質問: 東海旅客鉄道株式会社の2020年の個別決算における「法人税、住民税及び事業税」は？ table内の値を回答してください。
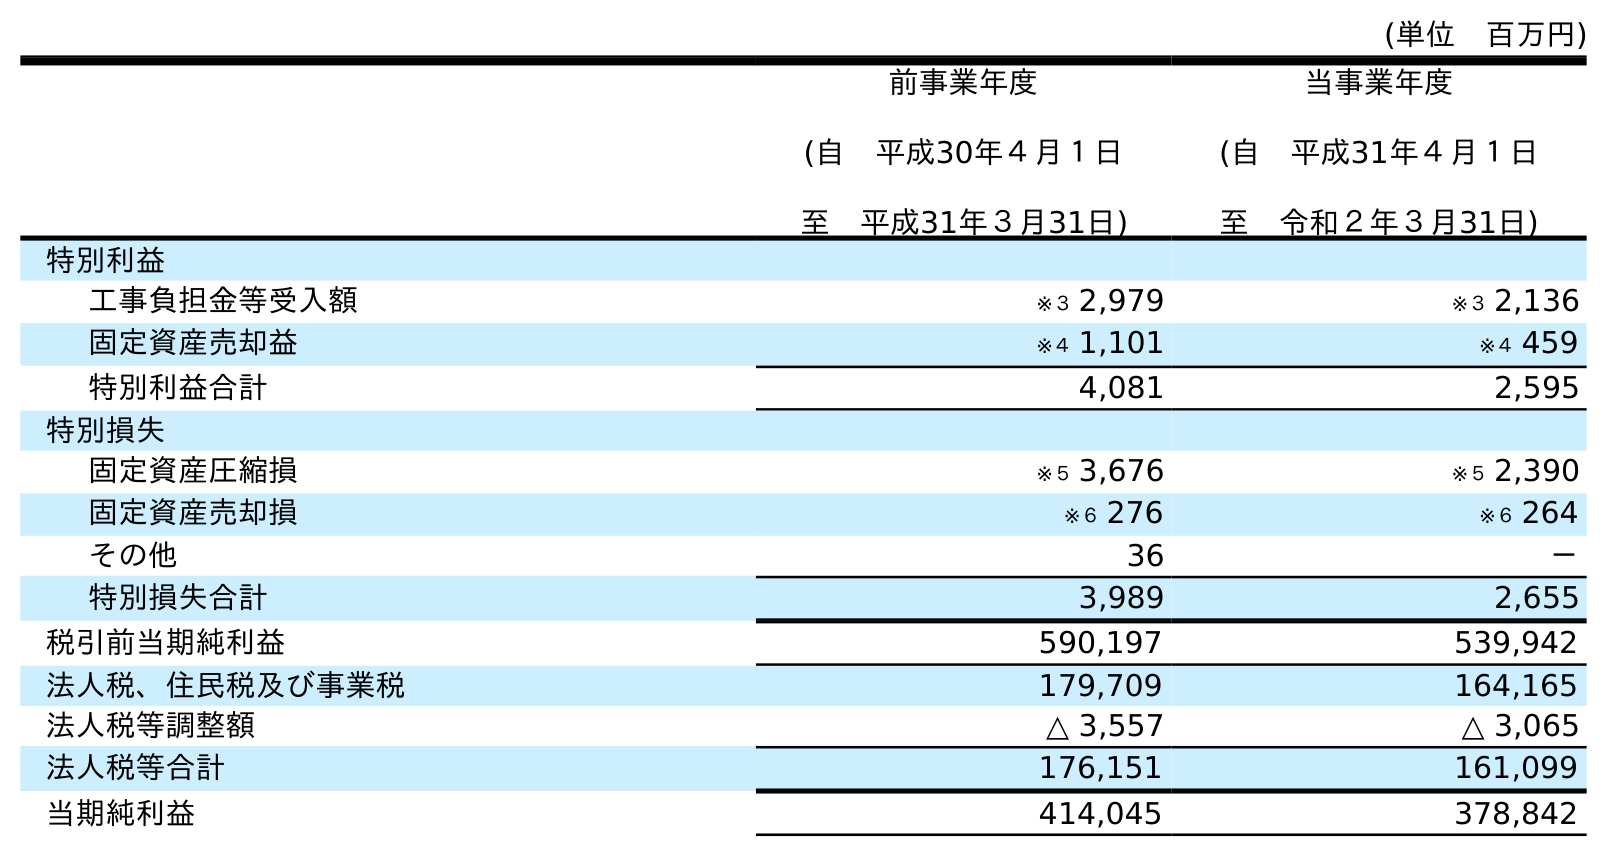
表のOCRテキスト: (単位 百万円) 前事業年度 (自 平成30年４月１日 至 平成31年３月31日) 当事業年度 (自 平成31年４月１日 至 令和２年３月31日) 特別利益 工事負担金等受入額 ※３ 2,979 ※３ 2,136 固定資産売却益 ※４ 1,101 ※４ 459 特別利益合計 4,081 2,595 特別損失 固定資産圧縮損 ※５ 3,676 ※５ 2,390 固定資産売却損 ※６ 276 ※６ 264 その他 36 － 特別損失合計 3,989 2,655 税引前当期純利益 590,197 539,942 法人税、住民税及び事業税 179,709 164,165 法人税等調整額 △ 3,557 △ 3,065 法人税等合計 176,151 161,099 当期純利益 414,045 378,842
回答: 164,165